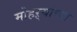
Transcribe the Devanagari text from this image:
मोहऱ्यांच्या